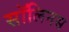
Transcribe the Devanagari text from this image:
सॉलिनस